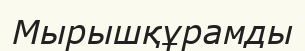
Мырышқұрамды